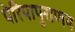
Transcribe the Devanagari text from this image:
पेरियापुराणम